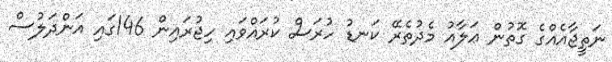
ނަތީޖާއެއްގެ ގޮތުން ޢަލާއު މެދުތެރޭ ކަނޑު ހުރަސް ކުރައްވައި ހިޖުރައިން 146ގައި އަންދަލުސް